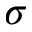
\sigma